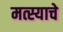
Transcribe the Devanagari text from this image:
मत्स्याचे